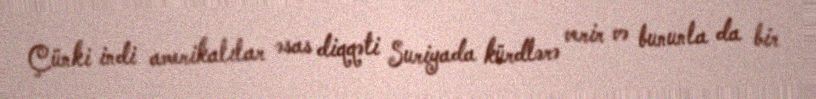
Çünki indi amerikalılar əsas diqqəti Suriyada kürdlərə verir və bununla da bir